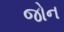
જોન